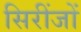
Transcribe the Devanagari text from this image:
सिरींजों